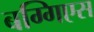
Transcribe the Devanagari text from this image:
बग्गिएस